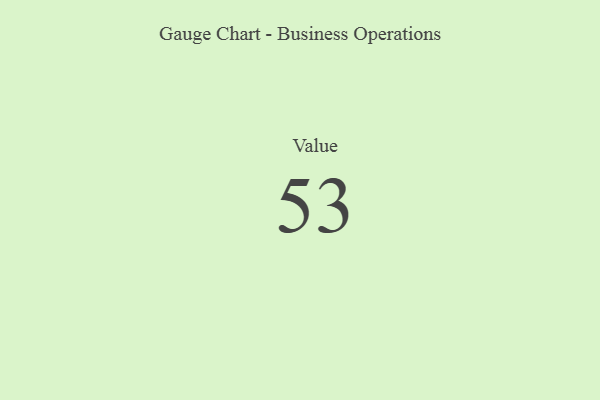
{"axis": {"x": "Metric", "y": "Value"}, "legend": [""], "data": [{"x": "Value", "y": 53, "type": ""}]}